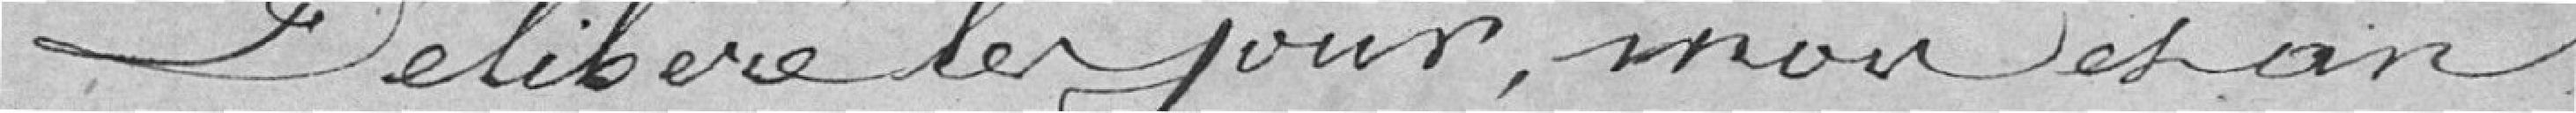
Délibéré les jour, mois et an